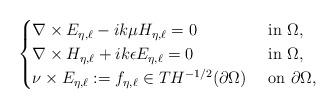
LaTeX: \begin{align*}\begin{cases}\nabla\times E_{\eta,\ell}-ik\mu H_{\eta,\ell}=0 & \mbox{ in }\Omega,\\\nabla\times H_{\eta,\ell}+ik\epsilon E_{\eta,\ell}=0 & \mbox{ in }\Omega,\\\nu\times E_{\eta,\ell}:=f_{\eta,\ell}\in TH^{-1/2}(\partial\Omega) & \mbox{ on }\partial\Omega,\end{cases}\end{align*}